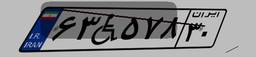
۹۷W۷۱۸۲۰